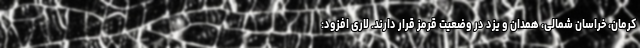
کرمان، خراسان شمالی، همدان و یزد در وضعیت قرمز قرار دارند. لاری افزود: